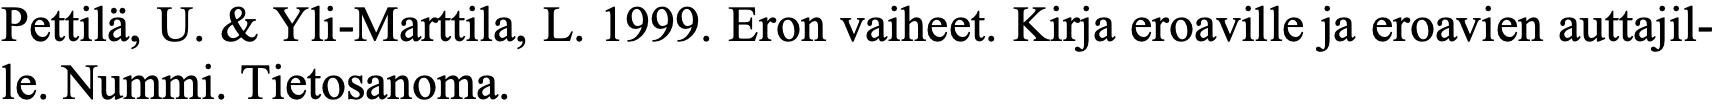
Pettilä, U. & Yli-Marttila, L. 1999. Eron vaiheet. Kirja eroaville ja eroavien auttajil- le. Nummi. Tietosanoma.